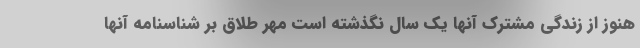
هنوز از زندگی مشترک آنها یک سال نگذشته است مهر طلاق بر شناسنامه آنها